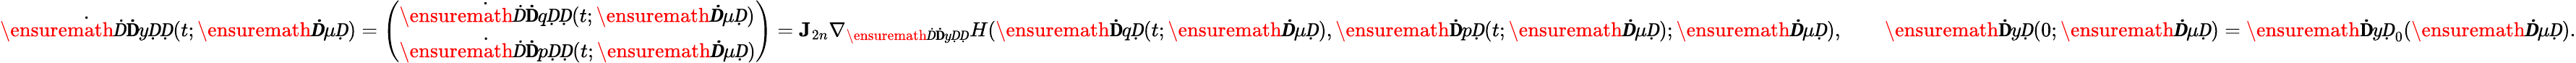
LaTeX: \dot{\ensuremath Ḋ\mathbf ḊyḌḌ}(t;\ensuremath{\boldsymbol Ḋ\mu Ḍ})=\left(\begin{array}{l}{\dot{\ensuremath Ḋ\mathbf ḊqḌḌ}(t;\ensuremath{\boldsymbol Ḋ\mu Ḍ})}\\ {\dot{\ensuremath Ḋ\mathbf ḊpḌḌ}(t;\ensuremath{\boldsymbol Ḋ\mu Ḍ})}\end{array}\right)=\mathbf J_{2n}\nabla_{\ensuremath Ḋ\mathbf ḊyḌḌ}H(\ensuremath{\mathbf ḊqḌ}(t;\ensuremath{\boldsymbol Ḋ\mu Ḍ}),\ensuremath{\mathbf ḊpḌ}(t;\ensuremath{\boldsymbol Ḋ\mu Ḍ});\ensuremath{\boldsymbol Ḋ\mu Ḍ}),\qquad\ensuremath{\mathbf ḊyḌ}(0;\ensuremath{\boldsymbol Ḋ\mu Ḍ})=\ensuremath{\mathbf ḊyḌ}_{0}(\ensuremath{\boldsymbol Ḋ\mu Ḍ}).